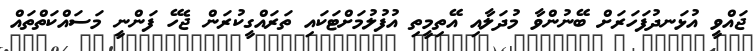
ޖައްވީ އުޅަނދުފަހަރަށް ބޭނުންވާ މުދަލާއި އޭތިމީތި އުފުލުމަށްޓަކައި ތަރައްގީކުރަން ޖެހޭ ފަންނީ މަސައްކަތްތައް